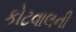
કોટવાલની